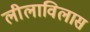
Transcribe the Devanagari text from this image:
लीलाविलास